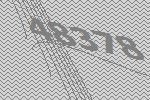
48378